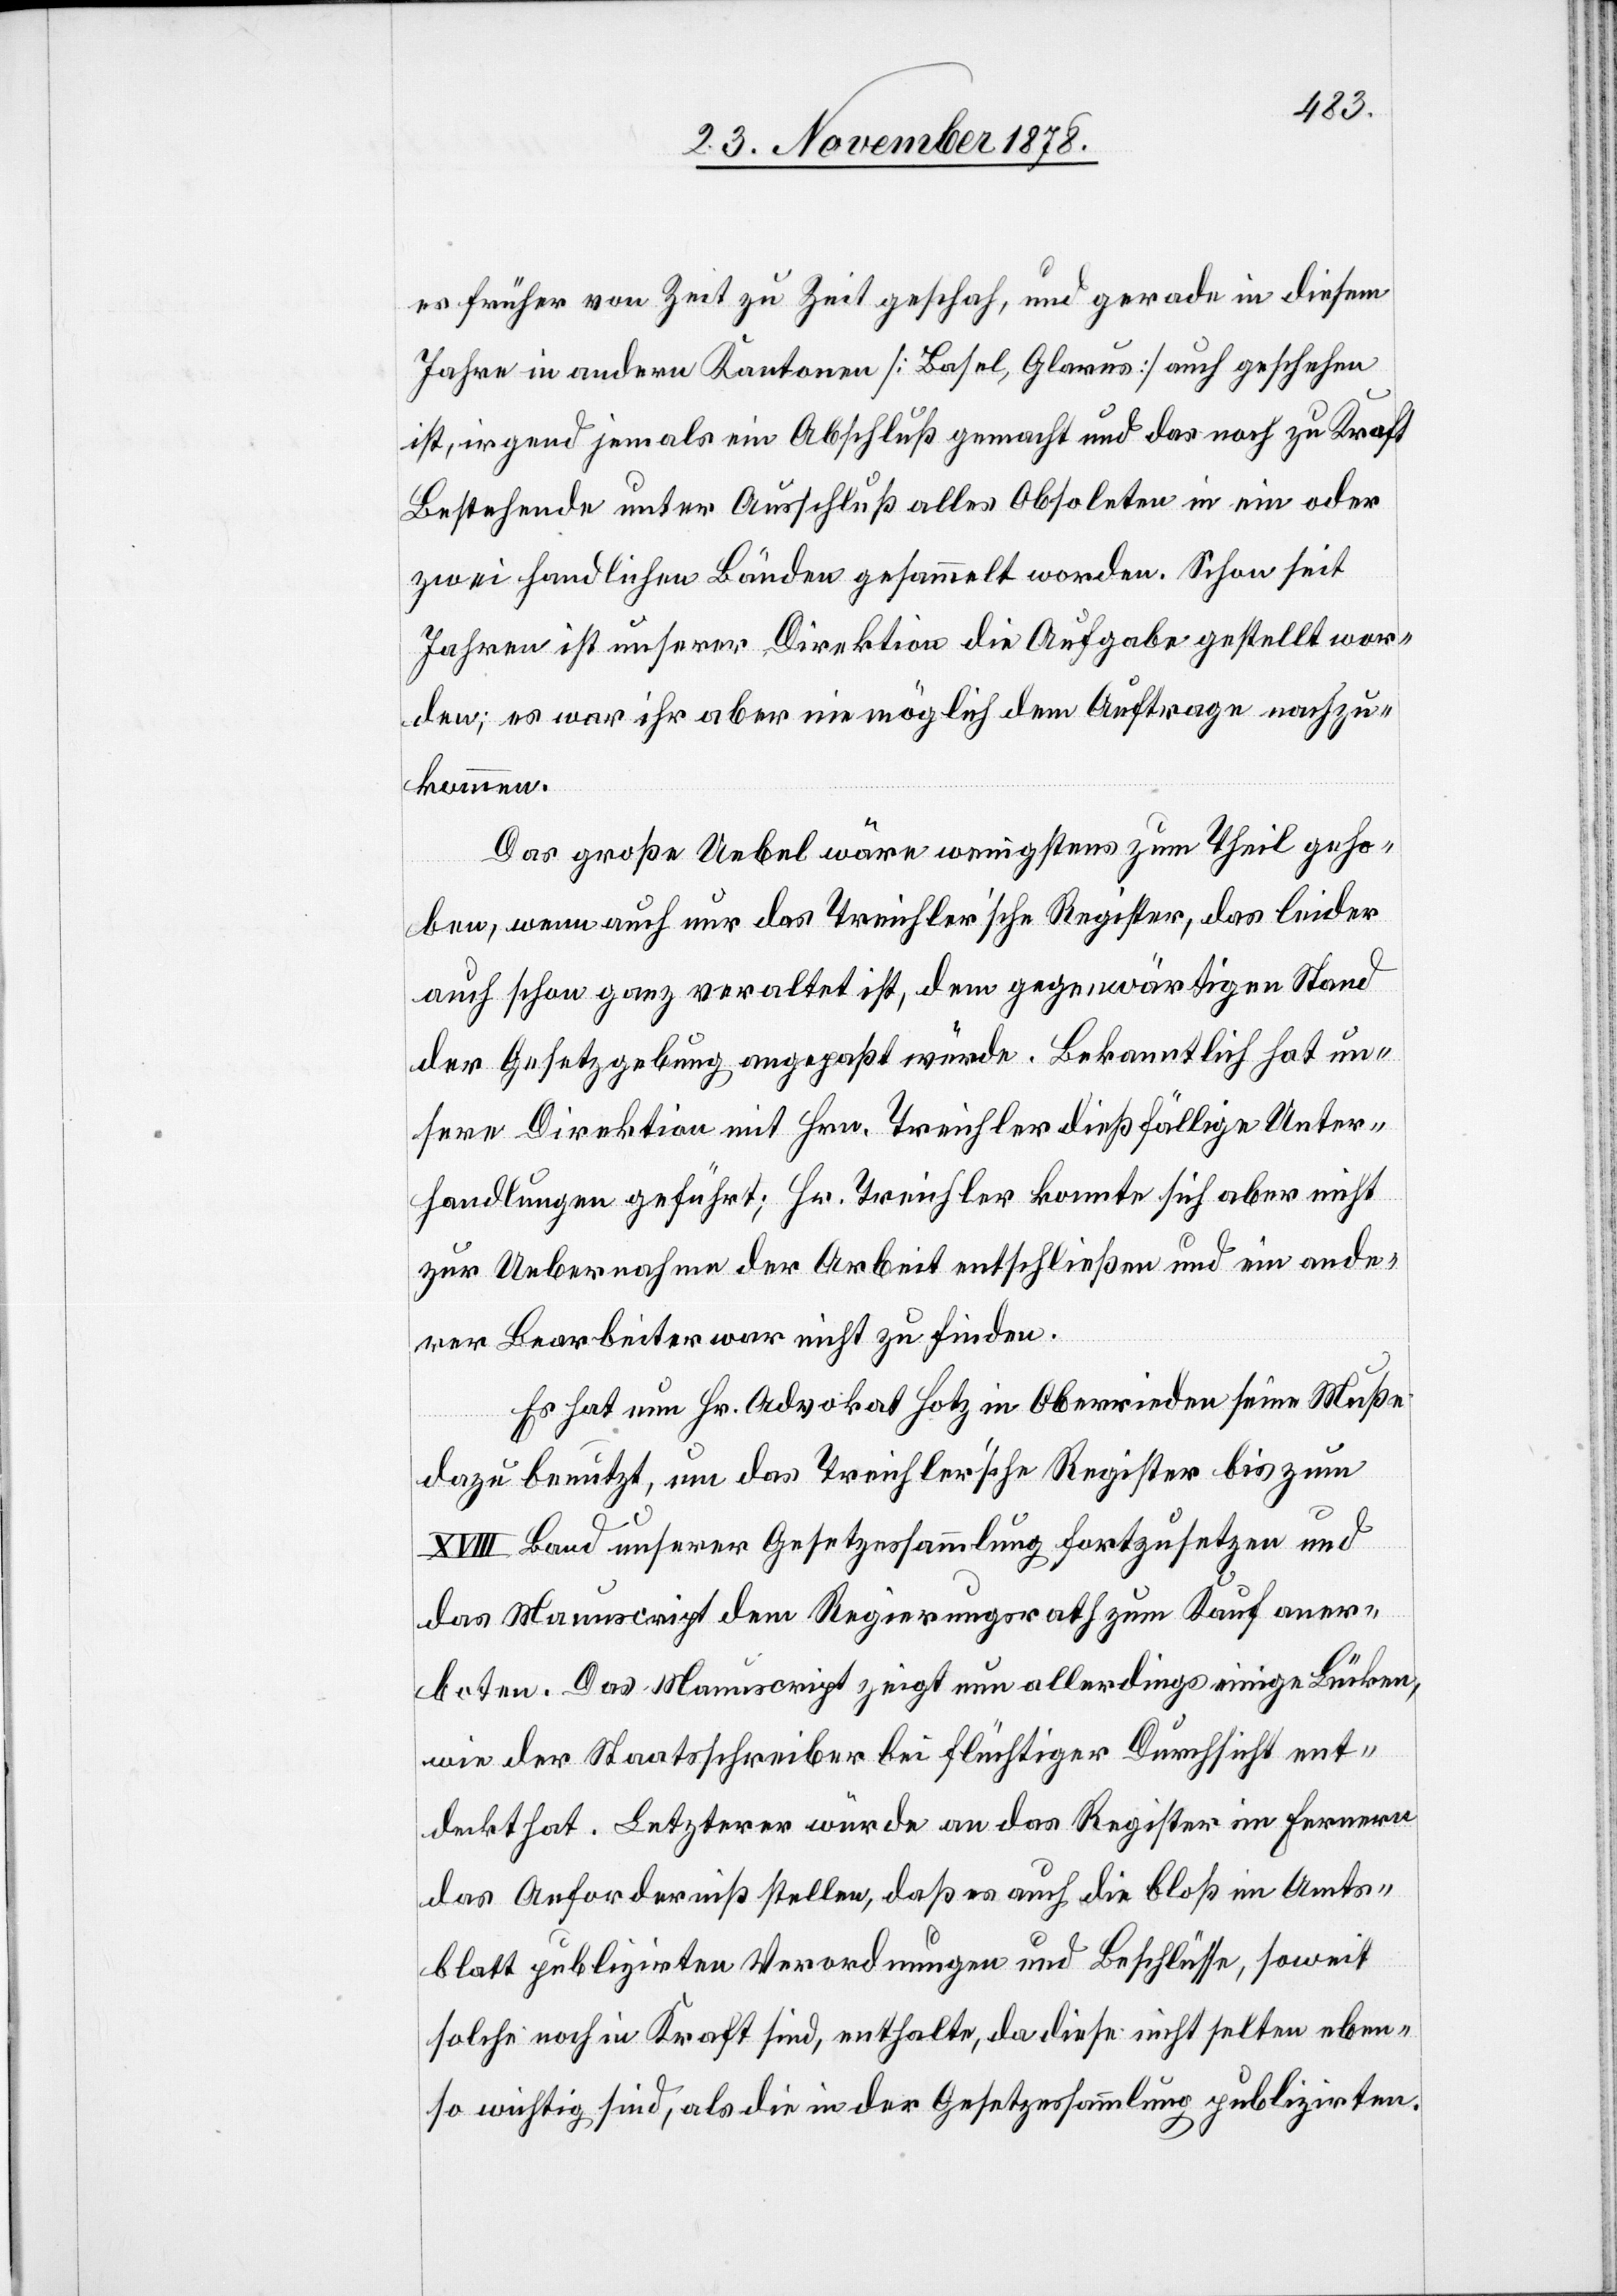
es früher von Zeit zu Zeit geschah, und gerade in diesem
Jahre in andern Kantonen [Basel, Glarus] auch geschehen
ist, irgend jemals ein Abschluß gemacht und das noch zu Kraft
Bestehende unter Ausschluß alles Obsoleten in ein oder
zwei handlichen Bänden gesammelt worden. Schon seit
Jahren ist unserer Direktion die Aufgabe gestellt wor¬
den; es war ihr aber nie möglich dem Auftrage nachzu¬
kommen.
Das große Uebel wäre wenigstens zum Theil geho¬
ben, wenn auch nur das treichler’sche Register, das leider
auch schon ganz veraltet ist, dem gegenwärtigen Stand
der Gesetzgebung angepaßt würde. Bekanntlich hat un¬
sere Direktion mit Hrn. Treichler dießfällige Unter¬
handlungen geführt; Hr. Treichler konnte sich aber nicht
zur Uebernahme der Arbeit entschließen und ein ande¬
rer Bearbeiter war nicht zu finden.
Es hat nun Hr. Advokat Hotz in Oberrieden seine Muße
dazu benutzt, um das Treichler’sche Register bis zum
XVIII Band unserer Gesetzessammlung fortzusetzen und
das Manuscript dem Regierungsrath zum Kauf aner¬
boten. Das Manuscript zeigt nun allerdings einige Lücken,
wie der Staatsschreiber bei flüchtiger Durchsicht ent¬
deckt hat. Letzterer würde an das Register im Fernern
das Anforderniß stellen, daß es auch die bloß im Amts¬
blatt publizirten Verordnungen und Beschlüsse, soweit
solche noch in Kraft sind, enthalte, da diese nicht selten eben¬
so wichtig sind, als die in der Gesetzessammlung publizirten.